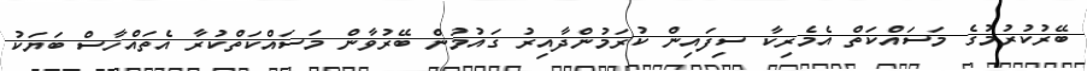
ބޭރުކުރުމުގެ މަސައްކަތް އެމެރިކާ ސިފައިން ކުރަމުންދާއިރު ގައުމުން ބޭރުވާން މަސައްކަތްކުރާ އެތައްހާސް ބަޔަކު